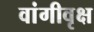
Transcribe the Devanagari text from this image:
वांगीवृक्ष